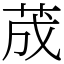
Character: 荿